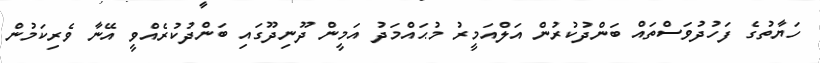
ހަޔާތުގެ ފަހުދުވަސްތައް ބަންދުކުރުން އަލްއަމީރު މުޙައްމަދު އަމީން ދޫނިދޫގައި ބަންދުކުރެއްވީ އޭނާ ވެރިކަމުން